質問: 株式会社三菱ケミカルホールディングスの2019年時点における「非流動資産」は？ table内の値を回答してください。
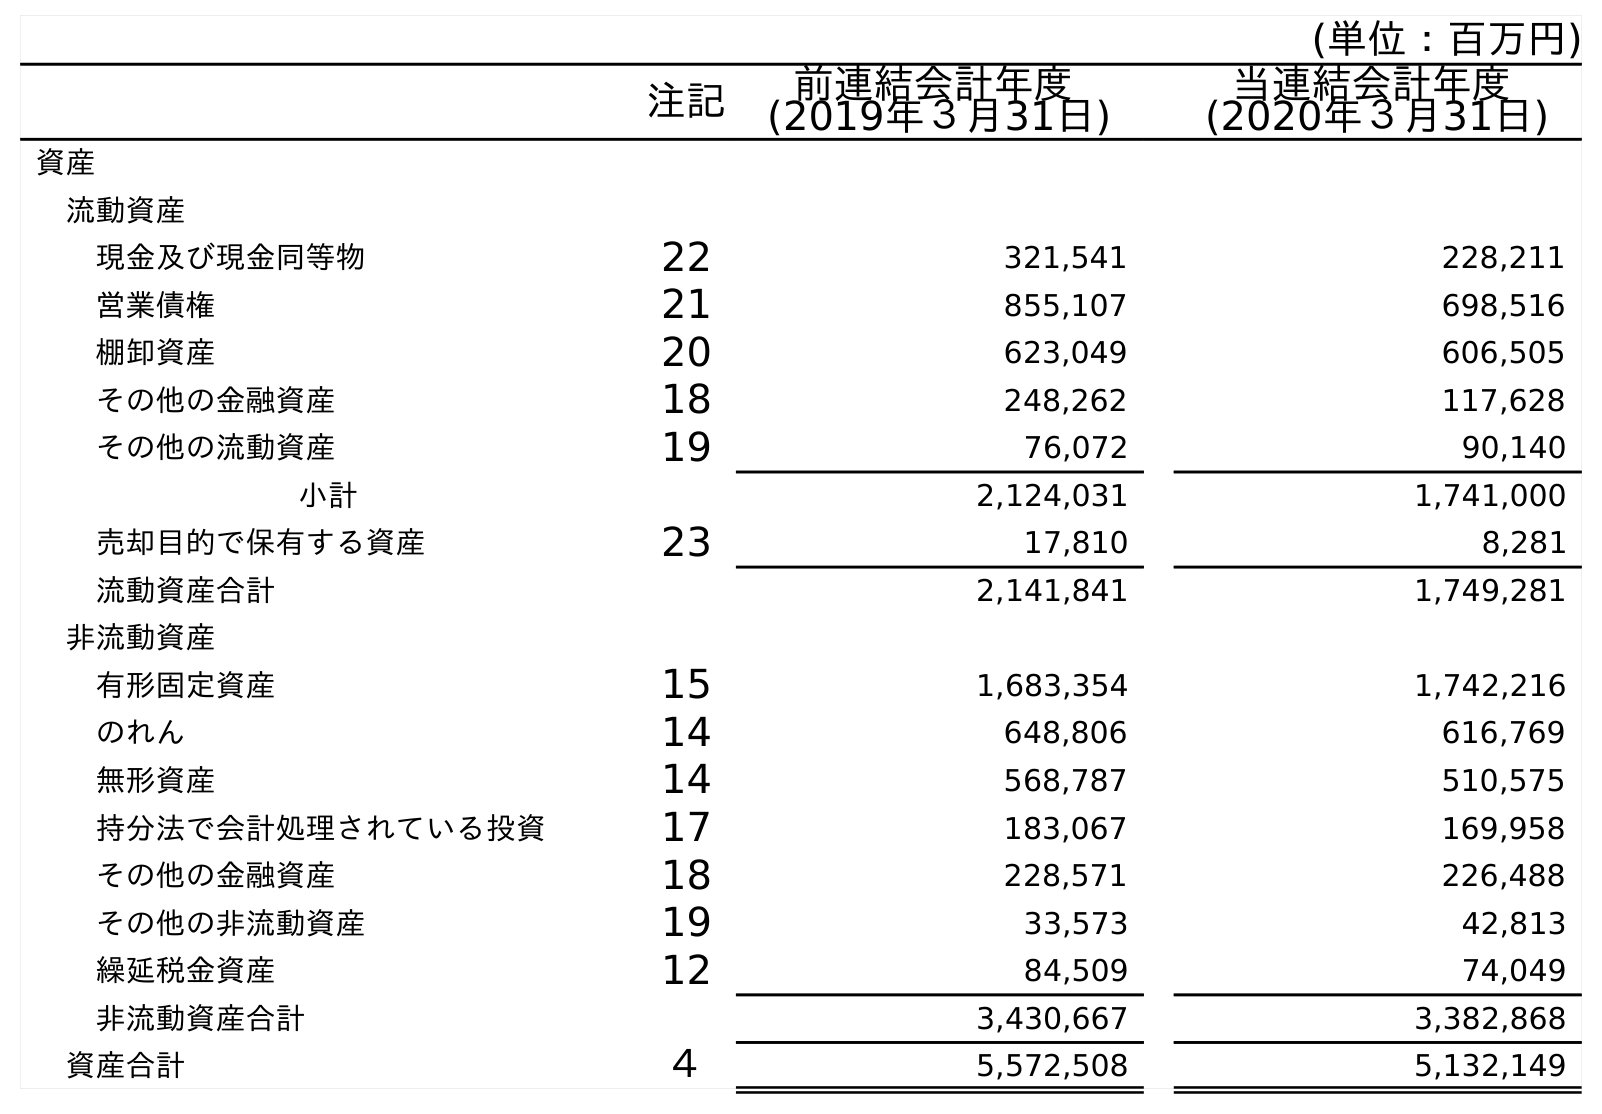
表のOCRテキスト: (単位：百万円) 注記 前連結会計年度 (2019年３月31日) 当連結会計年度 (2020年３月31日) 資産 流動資産 現金及び現金同等物 22 321,541 228,211 営業債権 21 855,107 698,516 棚卸資産 20 623,049 606,505 その他の金融資産 18 248,262 117,628 その他の流動資産 19 76,072 90,140 小計 2,124,031 1,741,000 売却目的で保有する資産 23 17,810 8,281 流動資産合計 2,141,841 1,749,281 非流動資産 有形固定資産 15 1,683,354 1,742,216 のれん 14 648,806 616,769 無形資産 14 568,787 510,575 持分法で会計処理されている投資 17 183,067 169,958 その他の金融資産 18 228,571 226,488 その他の非流動資産 19 33,573 42,813 繰延税金資産 12 84,509 74,049 非流動資産合計 3,430,667 3,382,868 資産合計 ４ 5,572,508 5,132,149
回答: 3,430,667